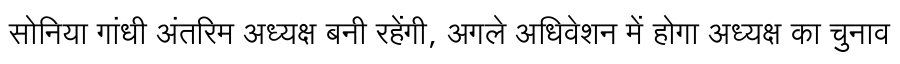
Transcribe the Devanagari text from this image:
सोनिया गांधी अंतरिम अध्यक्ष बनी रहेंगी, अगले अधिवेशन में होगा अध्यक्ष का चुनाव